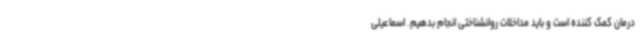
درمان کمک کننده است و باید مداخلات روانشناختی انجام بدهیم. اسماعیلی